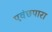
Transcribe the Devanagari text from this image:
एवंछपारा